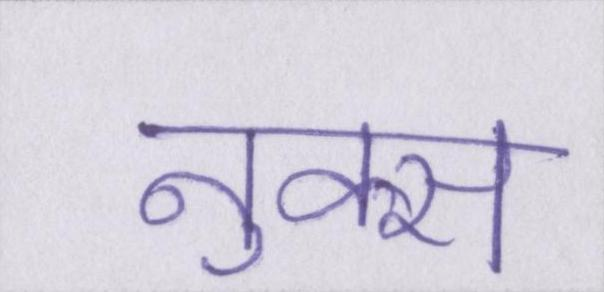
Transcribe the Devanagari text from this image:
नुक्स